Madras plague regulations in force outside the Presidency town - Volume 1
Disease focus: Plague
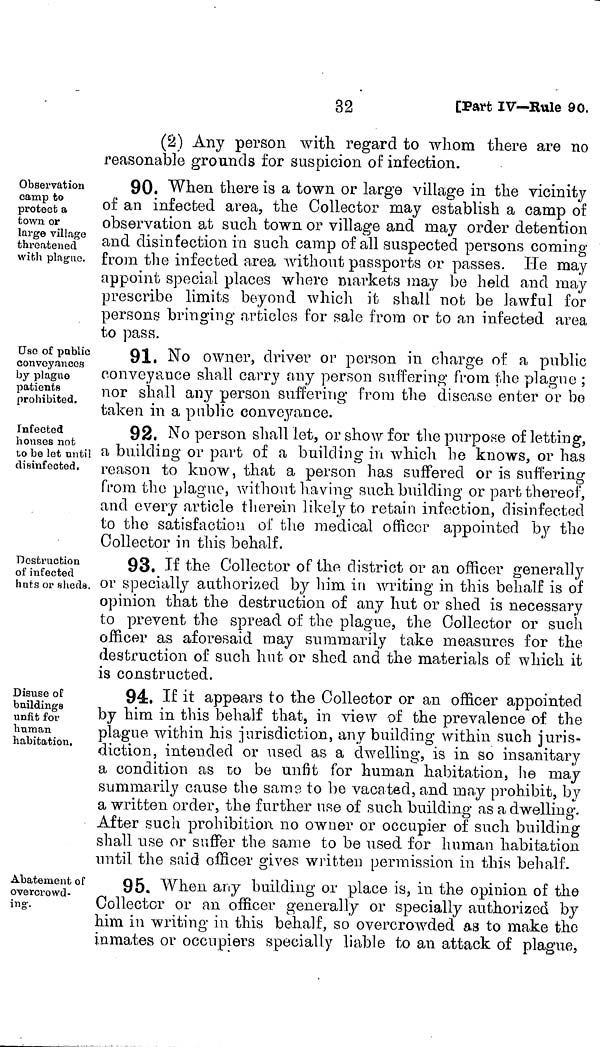
32
[Part IV—Rule 90.
(2) Any person with regard to whom there are no
reasonable grounds for suspicion of infection.
Observation
camp to
protect a
town or
large village
threatened
with plague.
90. When there is a town or large village in the vicinity
of an infected area, the Collector may establish a camp of
observation at such town or village and may order detention
and disinfection in such camp of all suspected persons coming
from the infected area without passports or passes. He may
appoint special places where markets may be held and may
prescribe limits beyond which it shall not be lawful for
persons bringing articles for sale from or to an infected area
to pass.
Use of pnblic
conveyances
by plague
patients
prohibited.
91. No owner, driver or person in charge of a public
conveyance shall carry any person suffering from the plague ;
nor shall any person suffering from the disease enter or bo
taken in a public conveyance.
Infected
houses not
to be let until
disinfected.
92. No person shall let, or show for the purpose of letting,
a building or part of a building in which he knows, or has
reason to know, that a person has suffered or is suffering
from the plague, without having such building or part thereof,
and every article therein likely to retain infection, disinfected
to the satisfaction of the medical officer appointed by the
Collector in this behalf.
Destruction
of infected
hnts or sheds.
93. If the Collector of the district or an officer generally
or specially authorized by him in writing in this behalf is of
opinion that the destruction of any hut or shed is necessary
to prevent the spread of the plague, the Collector or such
officer as aforesaid may summarily take measures for the
destruction of such hut or shed and the materials of which it
is constructed.
Disuse of
buildings
unfit for
human
habitation.
94. If it appears to the Collector or an officer appointed
by him in this behalf that, in view of the prevalence of the
plague within his jurisdiction, any building within such juris-
diction, intended or used as a dwelling, is in so insanitary
a condition as to be unfit for human habitation, he may
summarily cause the same to be vacated, and may prohibit, by
a written order, the further use of such building as a dwelling.
After such prohibition no owner or occupier of such building
shall use or suffer the sanie to be used for human habitation
until the said officer gives written permission in this behalf.
Abatement of
overcrowd-
ing.
95. When any building or place is, in the opinion of the
Collector or an officer generally or specially authorized by
him in writing in this behalf, so overcrowded as to make the
inmates or occupiers specially liable to an attack of plague,